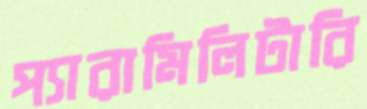
প্যারামিলিটারি